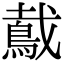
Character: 䳒